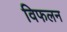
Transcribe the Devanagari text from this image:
विफलन